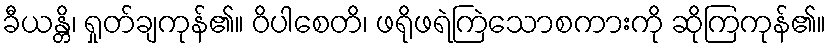
ခီယန္တိ၊ ရှုတ်ချကုန်၏။ ဝိပါစေတိ၊ ဖရိုဖရဲကြဲသောစကားကို ဆိုကြကုန်၏။